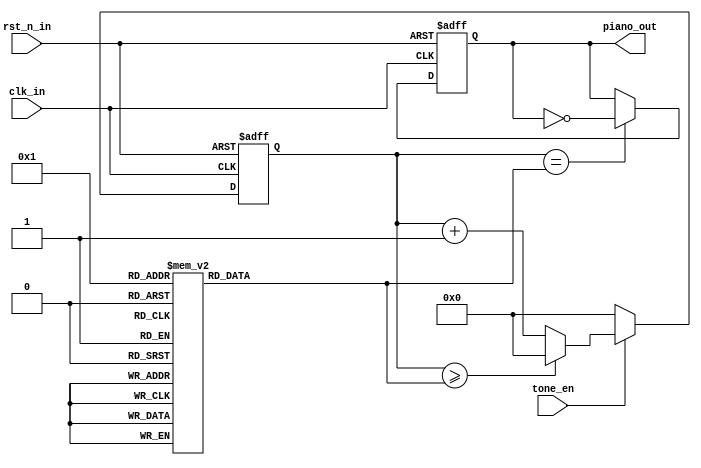
`timescale 1ns / 1ps
module Beeper
(
input					clk_in,		//System clock
input					rst_n_in,	//System reset, low active
input					tone_en,	//Buzzer enable signal
output	reg				piano_out	//Buzzer control output
);
/*
Passive buzzers can emit different syllables, which are related to the frequency of the buzzer vibration (equal to the frequency of the buzzer control signal),
In order to make the buzzer control signal generate different frequencies, we use a counter to count (divide) to achieve. Different syllable controls correspond to different final count values (frequency division coefficient).
The counter counts and divides according to the final count value and generates a buzzer control signal
*/
wire [4:0]	tone;		//Buzzer syllable control
assign tone = 5'b00001;
reg [15:0] time_end;
//According to different syllable control, select the corresponding counting end value (frequency division coefficient)
//The frequency of bass 1 is 261.6Hz, and the buzzer control signal period should be 12MHz / 261.6Hz = 45871.5,
//Because the buzzer control signal in this design is inverted according to the counter period, several kinds of final values = 45871.5 / 2 = 22936
//Need to count 22936, the counting range is 0 ~ (22936-1), so time_end = 22935
always@(tone) begin
	case(tone)
		5'd1:	time_end =	16'd22935;	//L1,
		5'd2:	time_end =	16'd20428;	//L2,
		5'd3:	time_end =	16'd18203;	//L3,
		5'd4:	time_end =	16'd17181;	//L4,
		5'd5:	time_end =	16'd15305;	//L5,
		5'd6:	time_end =	16'd13635;	//L6,
		5'd7:	time_end =	16'd12147;	//L7,
		5'd8:	time_end =	16'd11464;	//M1,
		5'd9:	time_end =	16'd10215;	//M2,
		5'd10:	time_end =	16'd9100;	//M3,
		5'd11:	time_end =	16'd8589;	//M4,
		5'd12:	time_end =	16'd7652;	//M5,
		5'd13:	time_end =	16'd6817;	//M6,
		5'd14:	time_end =	16'd6073;	//M7,
		5'd15:	time_end =	16'd5740;	//H1,
		5'd16:	time_end =	16'd5107;	//H2,
		5'd17:	time_end =	16'd4549;	//H3,
		5'd18:	time_end =	16'd4294;	//H4,
		5'd19:	time_end =	16'd3825;	//H5,
		5'd20:	time_end =	16'd3408;	//H6,
		5'd21:	time_end =	16'd3036;	//H7,
		default:time_end =	16'd65535;	
	endcase
end
 
reg [17:0] time_cnt;
//When the buzzer is enabled, the counter counts according to the final count value (frequency division factor)
always@(posedge clk_in or negedge rst_n_in) begin
	if(!rst_n_in) begin
		time_cnt <= 1'b0;
	end else if(!tone_en) begin
		time_cnt <= 1'b0;
	end else if(time_cnt>=time_end) begin
		time_cnt <= 1'b0;
	end else begin
		time_cnt <= time_cnt + 1'b1;
	end
end
 
//According to the period of the counter, flip the buzzer control signal
always@(posedge clk_in or negedge rst_n_in) begin
	if(!rst_n_in) begin
		piano_out <= 1'b0;
	end else if(time_cnt==time_end) begin
		piano_out <= ~piano_out;	//The buzzer controls the output to flip, twice to 1Hz
	end else begin
		piano_out <= piano_out;
	end
end
 
endmodule